Bombay plague: being a history of the progress of plague in the Bombay presidency from September 1896 to June 1899
Year: 1896
Disease focus: Plague
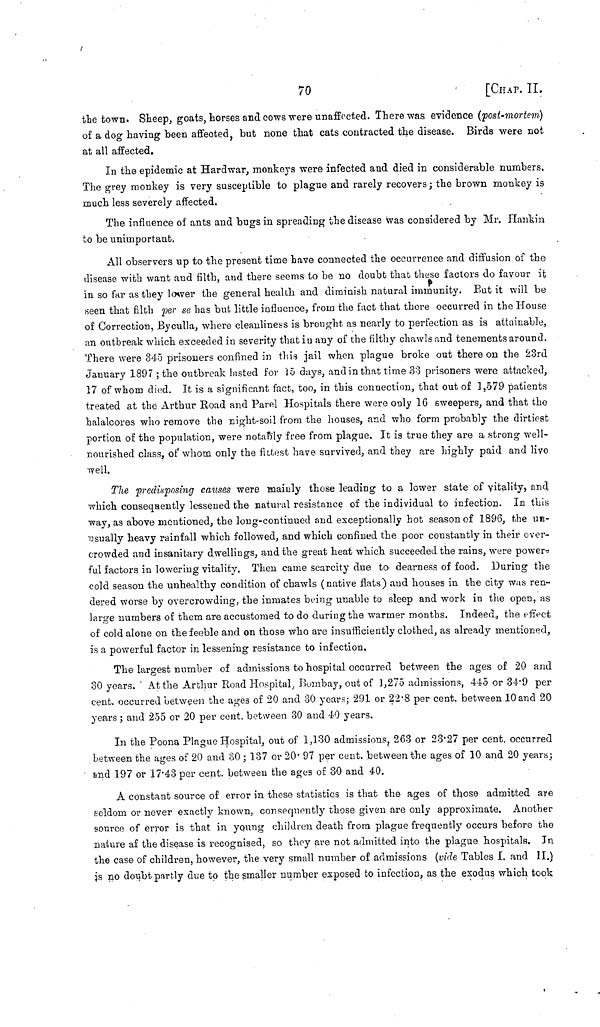
70
[CHAP. II.
the town. Sheep, goats, torses and cows were unaffected. There was evidence (post-mortem)
of a dog having been affected, but none that cats contracted the disease. Birds were not
at all affected.
In the epidemic at Hardwar, monkeys were infected and died in considerable numbers,
The grey monkey is very susceptible to plague and rarely recovers ; the brown monkey is
much less severely affected.
The influence of ants and bugs in spreading the disease was considered by Mr. Hankin
to be unimportant.
All observers up to the present time have connected the occurrence and diffusion of the
disease with want and filth, and there seems to be no doubt that these factors do favour it
in so far as they lower the general health and diminish natural immunity. But it will be
seen that filth per se has but little influence, from the fact that there occurred in the House
of Correction, Byculla, where cleanliness is brought as nearly to perfection as is attainable,
an outbreak which exceeded in severity that in any of the filthy chawls and tenements around.
There were 345 prisoners confined in this jail when plague broke out there on the 23rd
January 1897 ; the outbreak lasted for 15 days, and in that time 33 prisoners were attacked,
17 of whom died. It is a significant fact, too, in this connection, that out of 1,579 patients
treated at the Arthur Road and Parel Hospitals there were only 16 sweepers, and that the
halalcores who remove the night-soil from the houses, and who form probably the dirtiest
portion of the population, were notably free from plague. It is true they are a strong well-
nourished class, of whom only the fittest have survived, and they are highly paid and live
well.
The predisposing causes were mainly those leading to a lower state of vitality, and
which consequently lessened the natural resistance of the individual to infection. In this
way, as above mentioned, the long-continued and exceptionally hot season of 1896, the un-
usually heavy rainfall which followed, and which confined the poor constantly in their over-
crowded and insanitary dwellings, and the great heat which succeeded the rains, were power-
ful factors in lowering vitality. Then came scarcity due to dearness of food. During the
cold season the unhealthy condition of chawls (native flats) and houses in the city was ren-
dered worse by overcrowding, the inmates being unable to sleep and work in the open, as
large numbers of them are accustomed to do during the warmer months. Indeed, the effect
of cold alone on the feeble and on those who are insufficiently clothed, as already mentioned,
is a powerful factor in lessening resistance to infection.
The largest number of admissions to hospital occurred between the ages of 20 and
30 years. At the Arthur Road Hospital, Bombay, out of 1,275 admissions, 445 or 34 . 9 per
cent, occurred between the ages of 20 and 30 years; 291 or 22 . 8 per cent, between 10 and 20
years ; and 255 or 20 per cent. between 30 and 40 years.
In the Poona Plague Hospital, out of 1,130 admissions, 263 or 23 . 27 per cent, occurred
between the ages of 20 and 30 ; 137 or 20 . 97 per cent. between the ages of 10 and 20 years;
and 197 or 17 . 43 per cent. between the ages of 30 and 40.
A constant source of error in these statistics is that the ages of those admitted are
seldom or never exactly known, consequently those given are only approximate. Another
source of error is that in young children death from plague frequently occurs before the
nature at the disease is recognised, so they are not admitted into the plague hospitals. In
the case of children, however, the very small number of admissions (vide Tables I. and II.)
is no doubt partly due to the smaller number exposed to infection, as the exodus which took